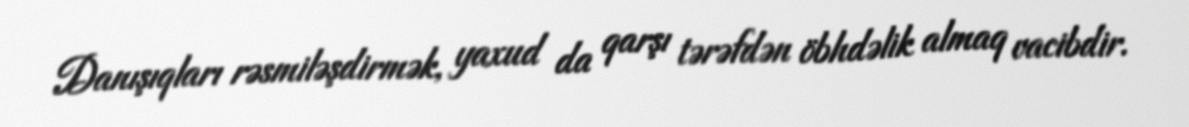
Danışıqları rəsmiləşdirmək, yaxud da qarşı tərəfdən öbhdəlik almaq vacibdir.